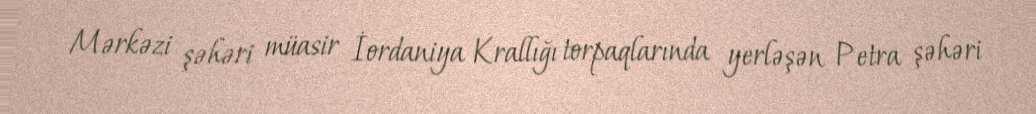
Mərkəzi şəhəri müasir İordaniya Krallığı torpaqlarında yerləşən Petra şəhəri